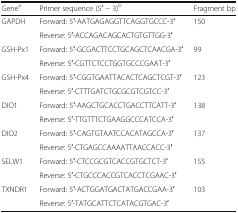
<table><thead><tr><td><b>Gene<sup>a</sup></b></td><td><b>Primer sequence (5′ − 3)<sup>b</sup></b></td><td><b>Fragment bp</b></td></tr></thead><tbody><tr><td rowspan="2">GAPDH</td><td>Forward: 5′-AATGAGAGGTTCAGGTGCCC-3′</td><td rowspan="2">150</td></tr><tr><td>Reverse: 5′-ACCAGACAGCACTGTGTTGG-3′</td></tr><tr><td rowspan="2">GSH-Px1</td><td>Forward: 5′-GCGACTTCCTGCAGCTCAACGA-3′</td><td rowspan="2">99</td></tr><tr><td>Reverse: 5′-CGTTCTCCTGGTGCCCGAAT-3′</td></tr><tr><td rowspan="2">GSH-Px4</td><td>Forward: 5′-CGGTGAATTACACTCAGCTCGT-3′</td><td rowspan="2">123</td></tr><tr><td>Reverse: 5′-CTTTGATCTGCGCGTCGTCC-3′</td></tr><tr><td rowspan="2">DIO1</td><td>Forward: 5′-AAGCTGCACCTGACCTTCATT-3′</td><td rowspan="2">138</td></tr><tr><td>Reverse: 5′-TTGTTTCTGAAGGCCCATCCA-3′</td></tr><tr><td rowspan="2">DIO2</td><td>Forward: 5′-CAGTGTAATCCACATAGCCA-3′</td><td rowspan="2">137</td></tr><tr><td>Reverse: 5′-CTGAGCCAAAATTAACCACC-3′</td></tr><tr><td rowspan="2">SELW1</td><td>Forward: 5′-CTCCGCGTCACCGTGCTCT-3′</td><td rowspan="2">155</td></tr><tr><td>Reverse: 5′-CTGCCCACCGTCACCTCGAAC-3′</td></tr><tr><td rowspan="2">TXNDR1</td><td>Forward: 5′-ACTGGATGACTATGACCGAA-3′</td><td rowspan="2">103</td></tr><tr><td>Reverse: 5′-TATGCATTCTCATACGTGAC-3′</td></tr></tbody></table>